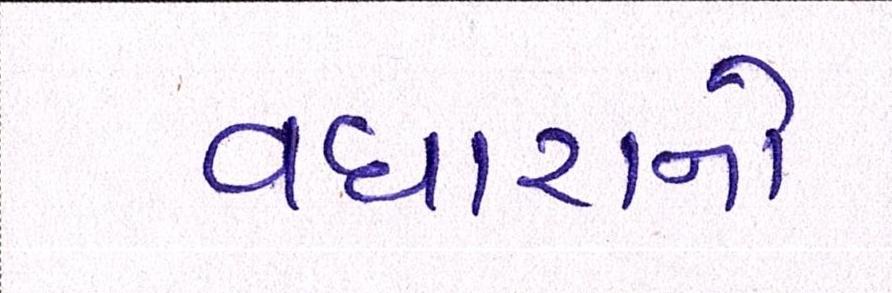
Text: વધારાનો